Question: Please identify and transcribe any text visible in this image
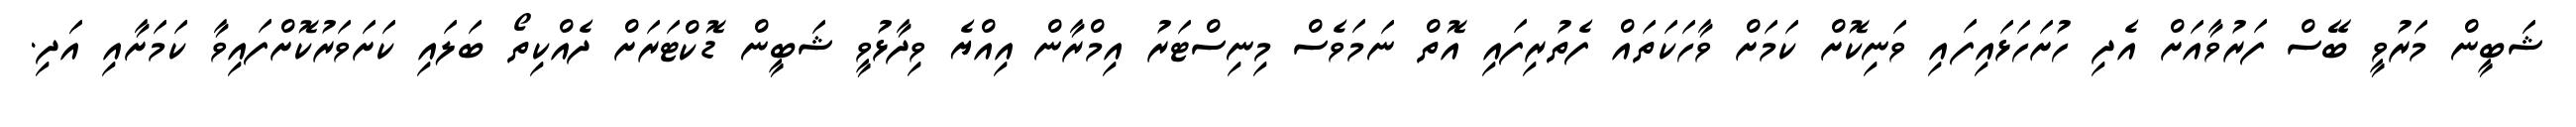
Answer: ޝަބީން މަރުވީ ބޭސް ފަރުވާއަށް އެދި ހުށަހަޅައިފައި ވަނިކޮށް ކަމަށް ވާހަކަތައް ފެތުރިފައި އޮތް ނަމަވެސް މިނިސްޓަރު އިމްރާން އިއްޔެ ވިދާޅުވީ ޝަބީން ޑޮކްޓަރަށް ދެއްކިތޯ ބަލައި ކަށަވަރުކޮށްފައިވާ ކަމަށާއި އަދި.